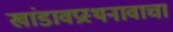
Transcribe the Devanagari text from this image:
खांडावप्रस्थनावाचा